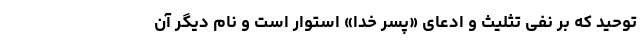
توحید که بر نفی تثلیث و ادعای «پسر خدا» استوار است و نام دیگر آن